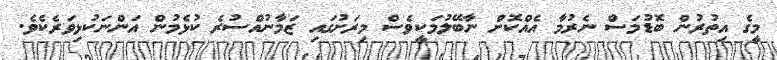
މީގެ އިތުރުން ބޮޑުމަސް ނެރުމާ އެއްކޮށް ނާބޭލުމަކީވެސް މިރަށުގައި ޒަމާނުއްސުރެ ކުޅެމުން އަންނަކުޅިވަރެކެވެ.